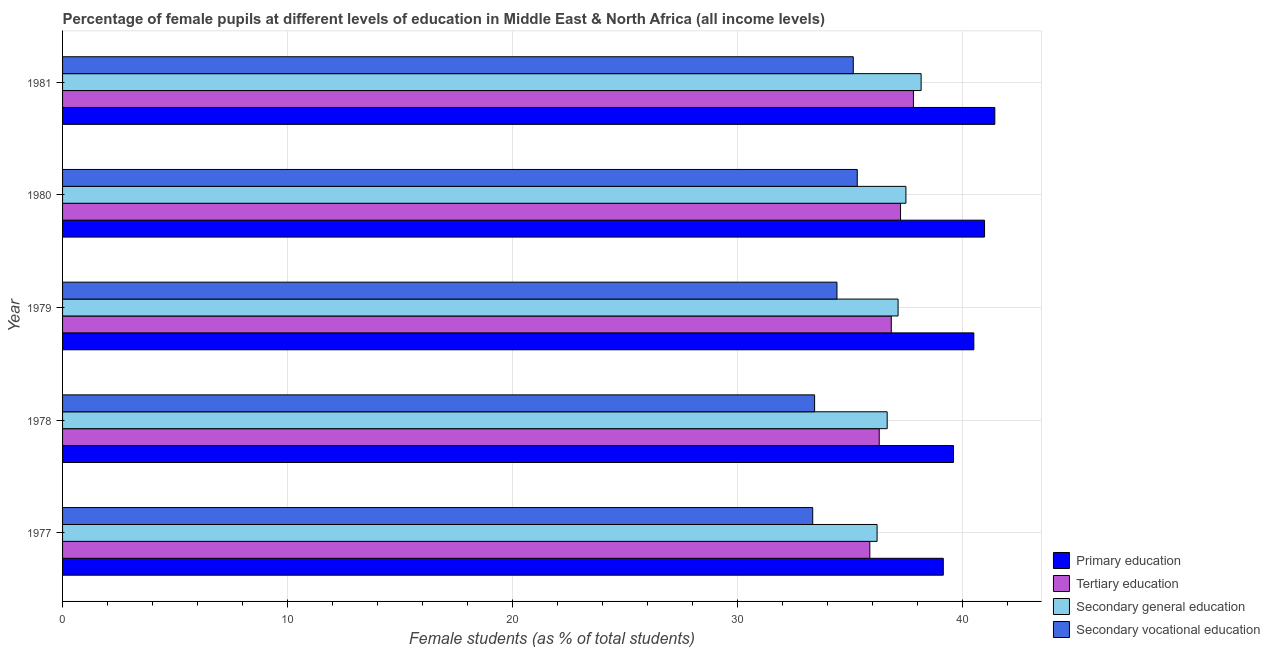
| Year | Primary education | Tertiary education | Secondary general education | Secondary vocational education |
 | --- | --- | --- | --- | --- |
 | 1977 | 39.1 | 35.9 | 36.2 | 33.3 |
 | 1978 | 39.6 | 36.3 | 36.6 | 33.4 |
 | 1979 | 40.5 | 36.8 | 37.1 | 34.4 |
 | 1980 | 41 | 37.2 | 37.5 | 35.3 |
 | 1981 | 41.4 | 37.8 | 38.2 | 35.1 |